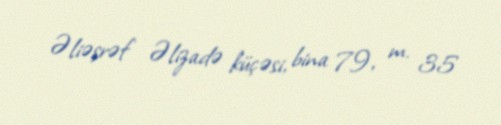
Əliəşrəf Əlizadə küçəsi, bina 79, m. 35